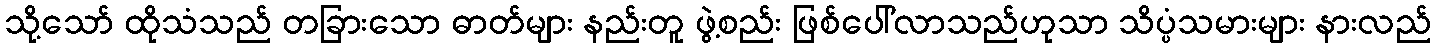
သို့သော် ထိုသံသည် တခြားသော ဓာတ်များ နည်းတူ ဖွဲ့စည်း ဖြစ်ပေါ်လာသည်ဟုသာ သိပ္ပံသမားများ နားလည်